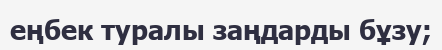
еңбек туралы заңдарды бұзу;